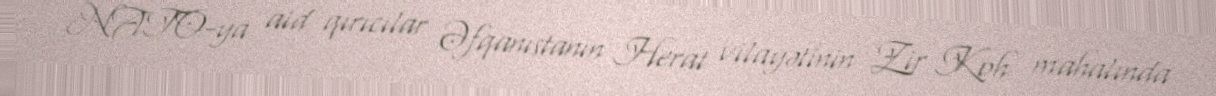
NATO-ya aid qırıcılar Əfqanıstanın Herat vilayətinin Zir Koh mahalında